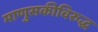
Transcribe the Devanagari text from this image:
माणुसकीविरुद्ध